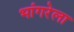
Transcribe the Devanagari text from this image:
भांगरेला